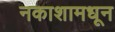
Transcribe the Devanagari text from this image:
नकाशामधून